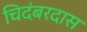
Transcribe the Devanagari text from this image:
चिदंबरदास